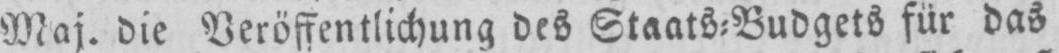
Maj. die Veröffentlichung des Staats⸗Budgets für das